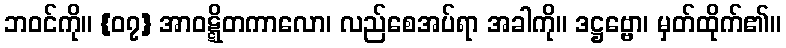
ဘဝင်ကို။ {၀၇} အာဝဋ္ဋိတကာလော၊ လည်စေအပ်ရာ အခါကို။ ဒဋ္ဌဗ္ဗော၊ မှတ်ထိုက်၏။